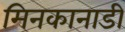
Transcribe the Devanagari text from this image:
मिनकानाडी